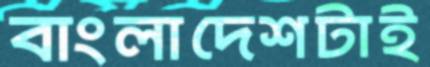
বাংলাদেশটাই